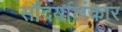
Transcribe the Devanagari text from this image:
सौंदर्यालंकार